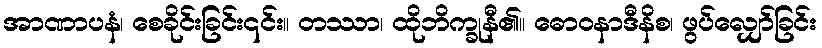
အာဏာပနံ၊ စေခိုင်းခြင်း၎င်း။ တဿာ၊ ထိုဘိက္ခုနီ၏။ ဓောဝနာဒီနိစ၊ ဖွပ်လျှော်ခြင်း